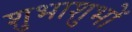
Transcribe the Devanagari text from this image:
शुभाशुभों